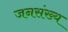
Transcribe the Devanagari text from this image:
जनसंख्य